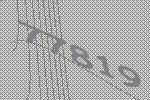
77819